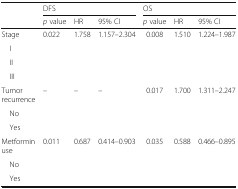
|  | <COLSPAN=3> DFS | <COLSPAN=3> OS |
 |  | p value | HR | 95% CI | p value | HR | 95% CI |
 | --- | --- | --- | --- | --- | --- | --- |
 | Stage | 0.022 | 1.758 | 1.157–2.304 | 0.008 | 1.510 | 1.224–1.987 |
 | I |  |  |  |  |  |  |
 | II |  |  |  |  |  |  |
 | III |  |  |  |  |  |  |
 | Tumor recurrence | – | – | – | 0.017 | 1.700 | 1.311–2.247 |
 | No |  |  |  |  |  |  |
 | Yes |  |  |  |  |  |  |
 | Metformin use | 0.011 | 0.687 | 0.414–0.903 | 0.035 | 0.588 | 0.466–0.895 |
 | No |  |  |  |  |  |  |
 | Yes |  |  |  |  |  |  |